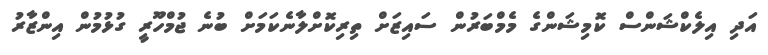
އަދި އިލެކްޝަންސް ކޮމިޝަންގެ މެމްބަރުން ސައިޒަށް ތިރިކޮށްލާނެކަމަށް ބުނެ ޖުމްހޫރީ ގުޅުމުން އިންޒާރު